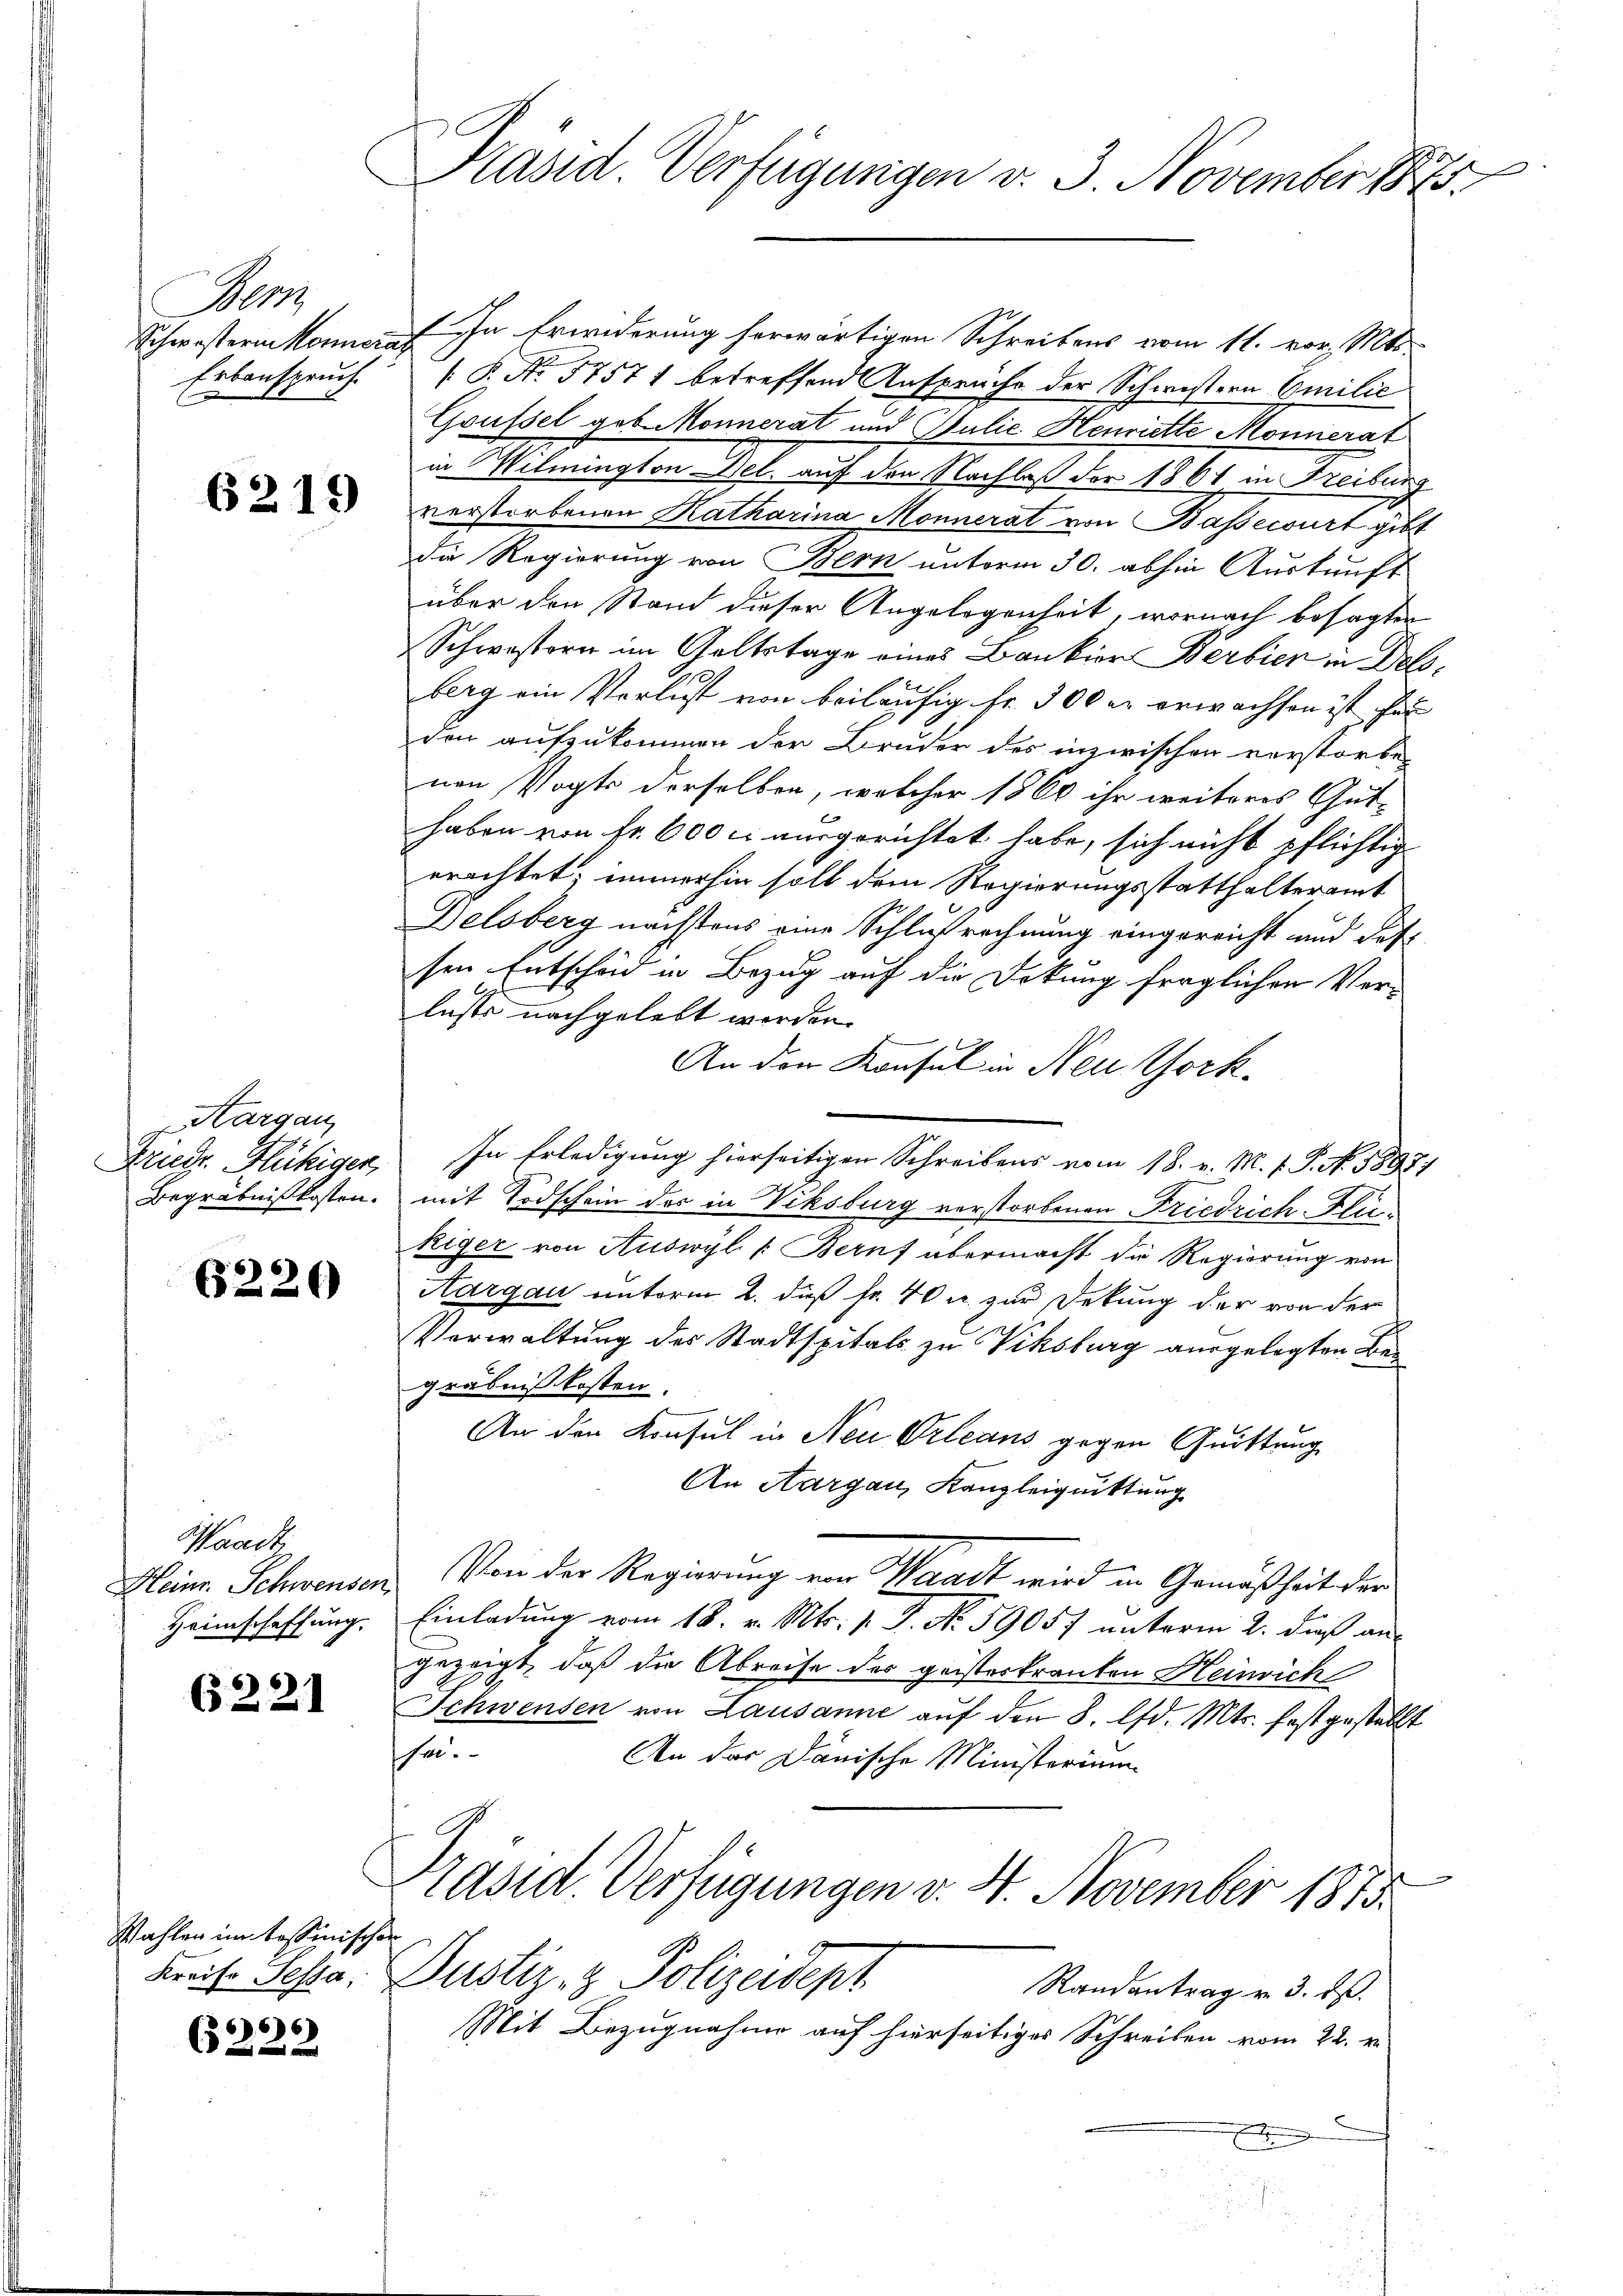
17
Erbanspruch.
E

6219

Aargau
Friedr. Flüchigen,
Begräbnißkosten.

6226

Haack
Heinr. Schweisen,
Heimschaffung.

6221

Wahlen im tessinischen
Kreise Testa

66
6 f 0 x

Präsid. Verfügungen v. 3. November 1875.

Schwisternkonant in Erwiderung herwärtigen Schreibens vom 11. vor. Mts.
 P. Nr. 57571 betreffend Ansprüche der Schwistern Emilić
Goussel geb. Monnerat und Pulić Henriette Monnerat
in Wilmington Del. auf den Nachlaß der 1861 in Freiburg
verstorbenen Ratharina Monnerat von Bassecurt gibt
Die Regierung von Bern unterm 30. abhin Auskunft
über den Stand dieser Angelegenheit, wornach besagten
Schwestern im Geltstage eines Bankier Berbier in Delsberg ein Verlust von beiläufig Fr. 300 er erwachsen ist, hat
den aufzukommen der Bruder des inzwischen verstorbe
nen Vogts derselben, welcher 1860 ihr weiteres Gut-
haben von Fr. 600 l. ausgerichtet habe, sich nicht pflichtig
erachtet; immerhin soll dem Regierungsstatthalteramt
Delsberg nächstens eine Schlußrechnung eingereicht und das
sen Entschäd in Bezug auf die Dekung fraglichen Ver-
lusts nachgelebt worden.
An den Konsul in Neu Chork
In Erledigung hierseitigen Schreibens vom 18. v. M. v. P. N. 5897)
mit Todschein der in Viksburg verstorbenen Friedrich Flukiger von Auswyl (Beruf übermacht die Regierung von
Aargau unterm 2. daß fr. 40 u. zur Dekung der von der
Verwaltung des Stadtspitals zu Viksburg ausgelegten Begräbniskosten.
An den Konsul in Neu Orleans gegen Quittung
An Aargau, Kanzleiguittung
Von der Regierung von Waadt wird in Gemäßheit der
Einladung vom 18. v. Mts. v. J. No. 59057 unterm 2. dieß an
gezeigt, daß die Abreise des geisterkranken Heinrich
Schwenden von Lausanne auf den 8. lfd. Mts. festgestellt
he.
An das Dänische Ministerium
x
Präsid. Verfügungen v. 4. November 1875.
Justiz- & Polizeidept
Randantrag v. 3. ds.
Mit Bezugnahme auf hierseitiges Schreiben vom 22. v.
n